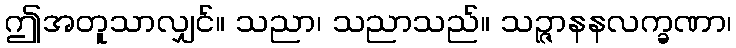
ဤအတူသာလျှင်။ သညာ၊ သညာသည်။ သဉ္ဇာနနလက္ခဏာ၊